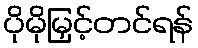
ပိုမိုမြှင့်တင်ရန်